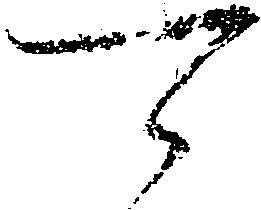
可